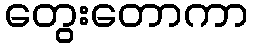
တွေးတောကာ